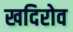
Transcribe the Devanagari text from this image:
खदिरोव